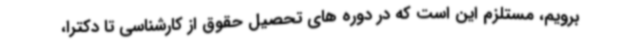
برویم، مستلزم این است که در دوره های تحصیل حقوق از کارشناسی تا دکترا،